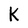
Character: K